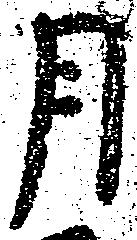
月